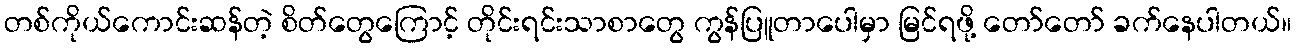
တစ်ကိုယ်ကောင်းဆန်တဲ့ စိတ်တွေကြောင့် တိုင်းရင်းသာစာတွေ ကွန်ပြူတာပေါမှာ မြင်ရဖို့ တော်တော် ခက်နေပါတယ်။